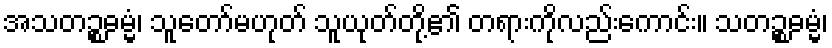
အသတဉ္စဓမ္မံ၊ သူတော်မဟုတ် သူယုတ်တို့၏ တရားကိုလည်းကောင်း။ သတဉ္စဓမ္မံ၊